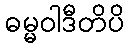
ဓမ္မဝါဒီတိပိ